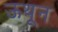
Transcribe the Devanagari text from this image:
ऊथून